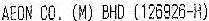
AEON CO. (M) BHD (126926-H)